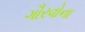
ગૌરવોના